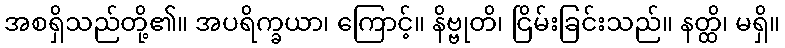
အစရှိသည်တို့၏။ အပရိက္ခယာ၊ ကြောင့်။ နိဗ္ဗုတိ၊ ငြိမ်းခြင်းသည်။ နတ္ထိ၊ မရှိ။